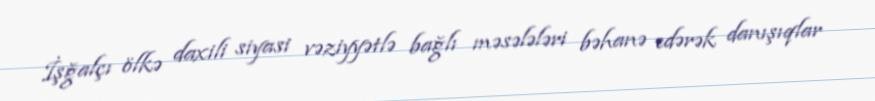
İşğalçı ölkə daxili siyasi vəziyyətlə bağlı məsələləri bəhanə edərək danışıqlar